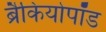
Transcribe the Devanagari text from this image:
ब्रैकियोपॉड